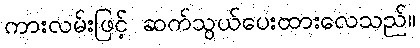
ကားလမ်းဖြင့် ဆက်သွယ်ပေးထားလေသည်။